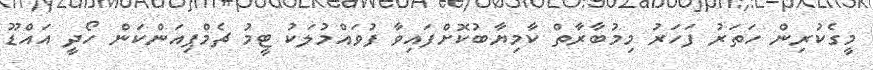
މީގެކުރިން ހަތަރު ފަހަރު މިމުބާރާތް ކާމިޔާބުކޮށްފައިވާ ފުވައްމުލަކު ޓީމު ޗެމްޕިއަންކަން ހޯދީ އައްޑޫ